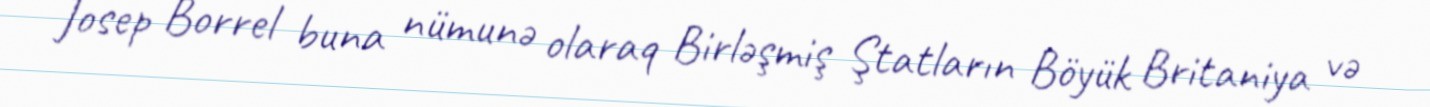
Josep Borrel buna nümunə olaraq Birləşmiş Ştatların Böyük Britaniya və